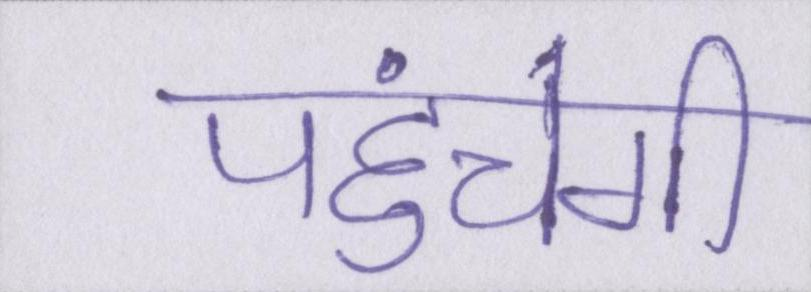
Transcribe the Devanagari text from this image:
पहुंचेगी